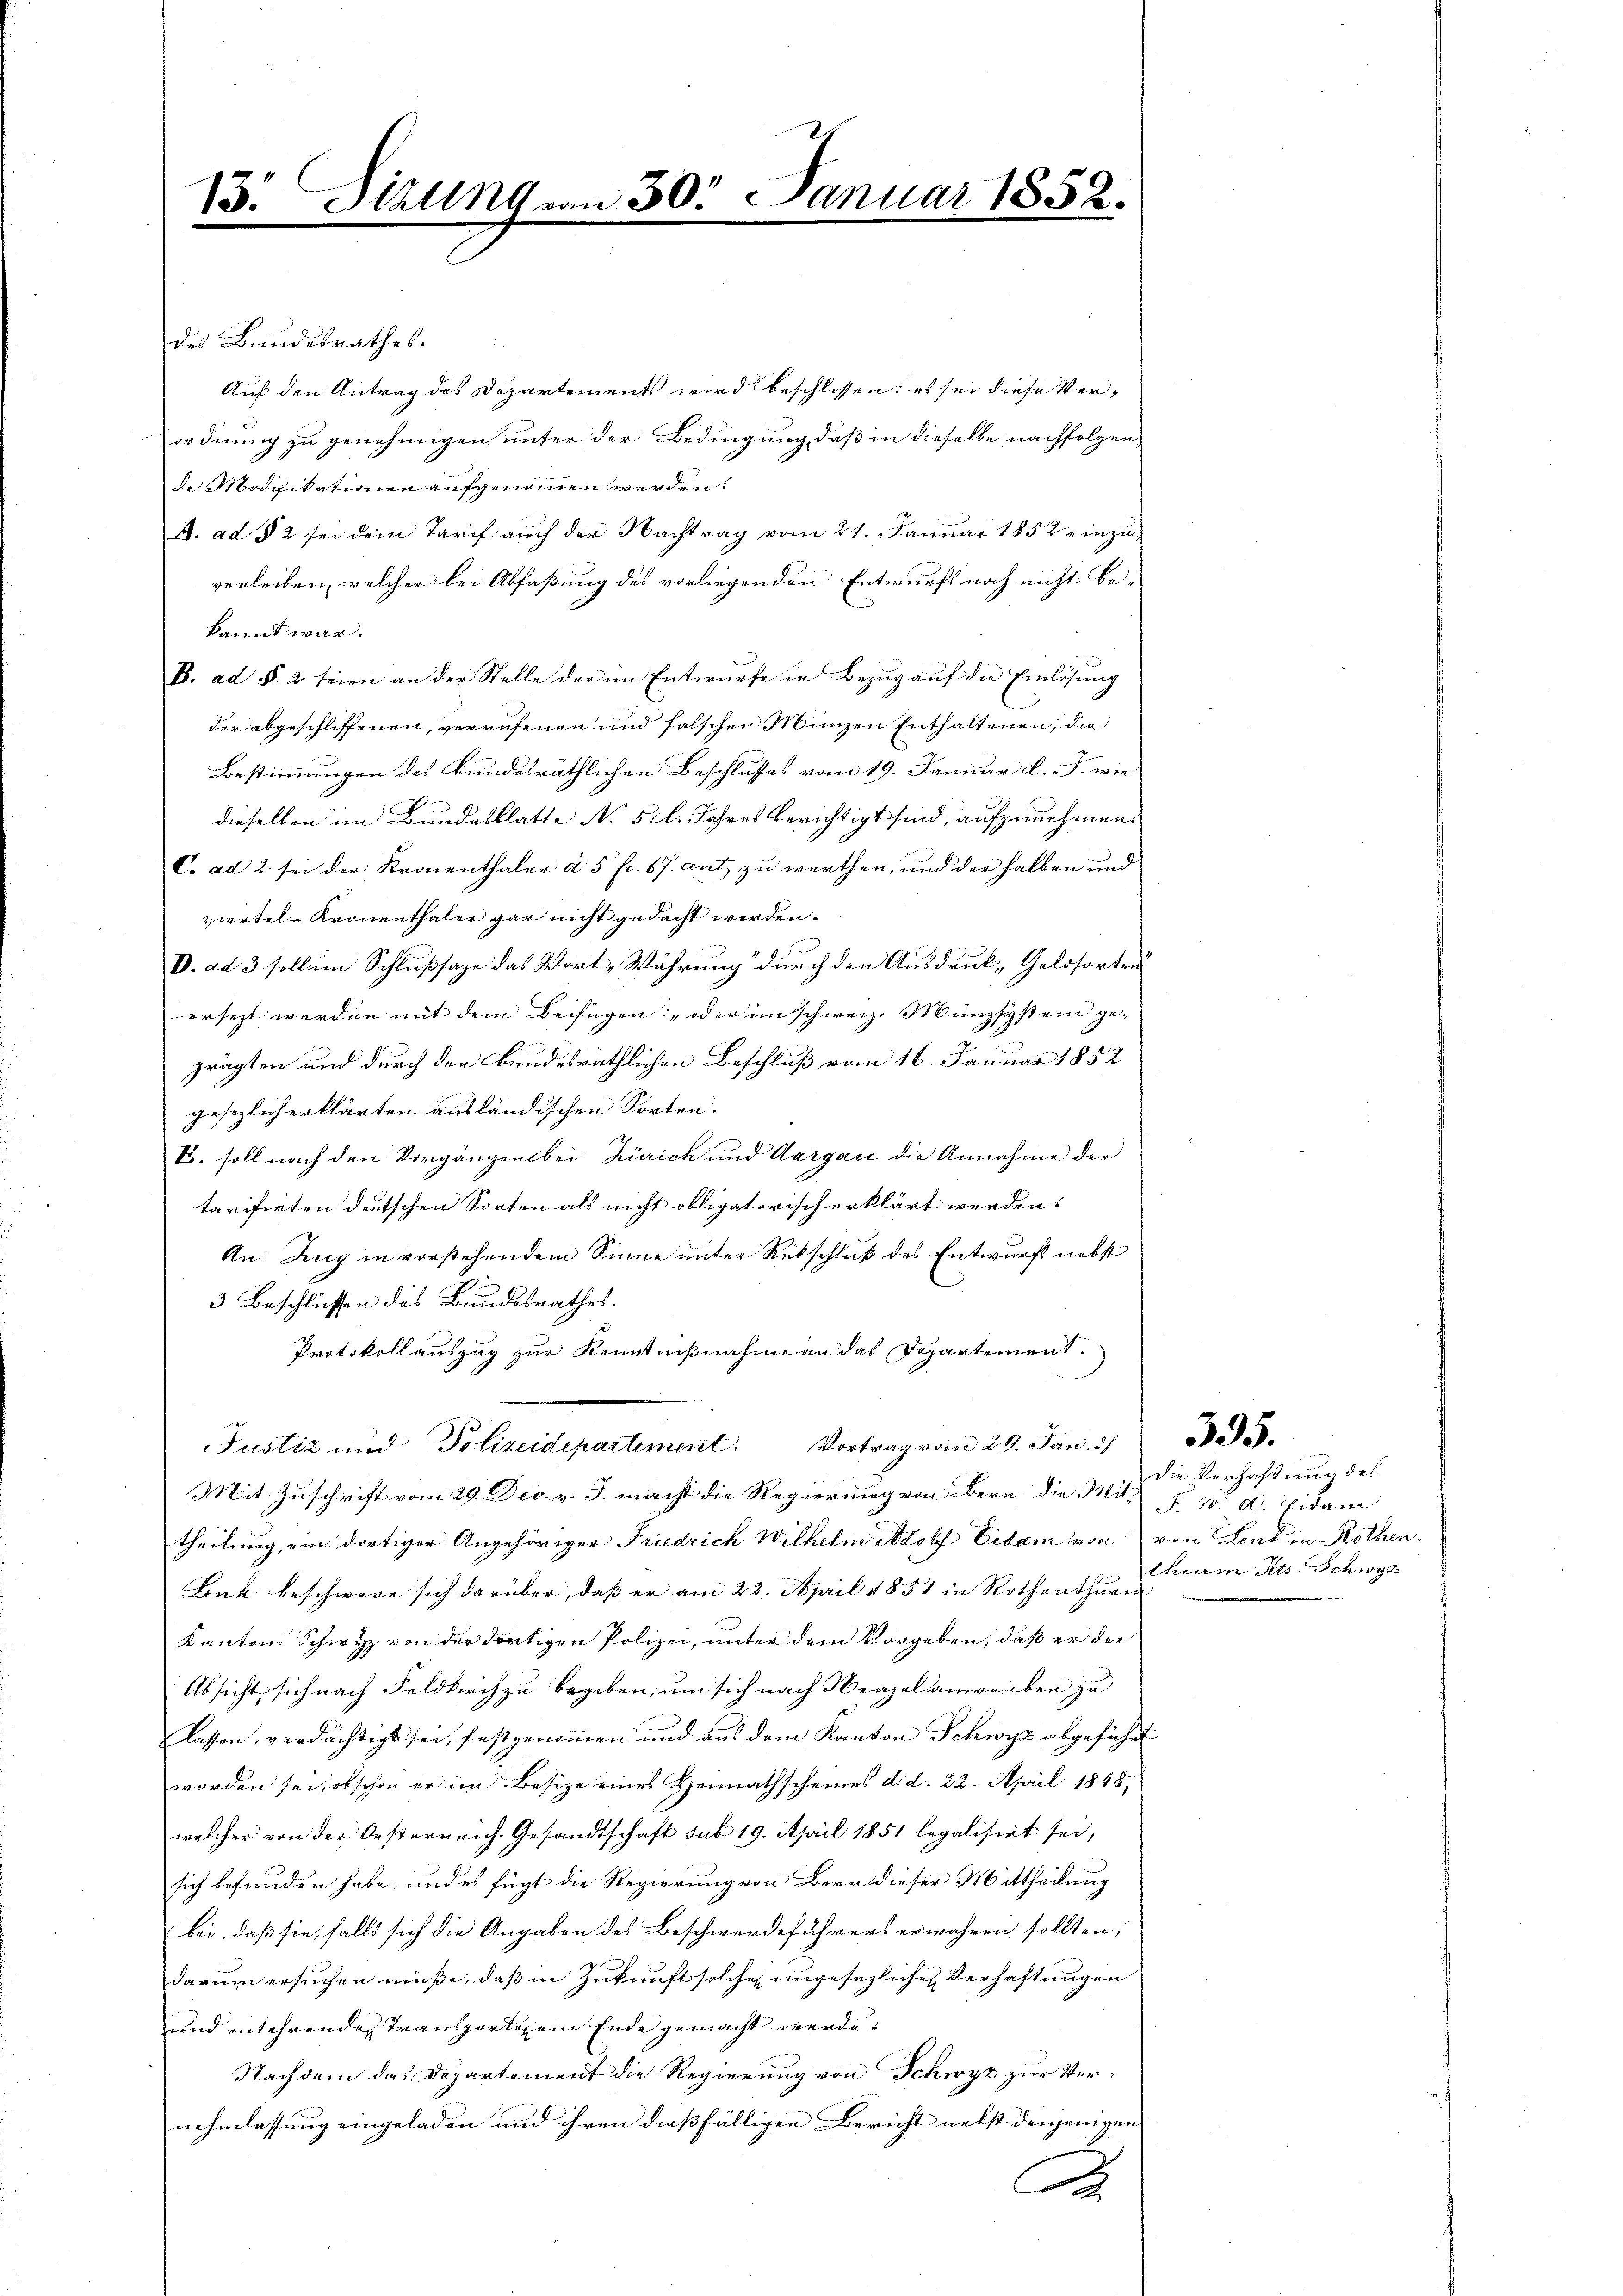
13. Sizung von 30. Januar 1852.

des Bundesrathes.
Auf den Antrag des Departements wird beschlossen: es sei diese Verordnung zu genehmigen unter der Bedingung, daß in dieselbe nachfolgen
de Macikationen aufgenommen werden:
A. ad § 2 sei dem Tarif auch der Nachtrag vom 21. Januar 1857 einzuverleiben, welcher bei Abfaßung des vorliegenden Entwurfs noch nicht bekannt war.
B. ad §. 2 seien an der Stelle der im Entwurfe in Bezug auf die Einlösung
der abgeschliffenen, verrufenen und falschen Minzen Enthaltenen, die
Bestimmungen des bundesräthlichen Beschlusses vom 19. Januar d.J. wie
dieselben im Bundesblatte No 5 l. Jahres berichtigt sind, aufzunehmen.
C. ad 2 sei der Kronenthaler à 5 fr. 67. ents zu werthen, und der halben und
ziertel-Kronenthaler gar nicht gedacht werden.
V. ad 3 sollen Schlußsaze das Wort, Währung durch den Ausdruck, Geldsorten
ersezt werden mit dem Beifügen: „oder im schweiz. Münzsystem ge-
prägten und durch der Bundesräthlichen Beschluß vom 16. Januar 1852
gesezlich erklärten ausländischen Sorten.
S. soll nach den Vorgängen bei Zürich und Aargau die Annahme der
tarifirten deutschen Sorten als nicht obligatorisch erklärt werden.
An. Zug in vorstehendem Sinne unter Rückschluß des Entwurf nebst
3 Beschlüssen des Bundesrathes.
Protokollauszug zur Kenntnißnahme an das Departement.
Justiz und Polizeidepartement. Vortrag vom 29. Jan. 37
Mit Zuschrift vom 29. Dec. v. J. macht die Regierung von Bern die Mittheilung, ein dortiger Angehöriger Friedrich Wilhelm Adolf Eidam von
Ank beschwere sich darüber, daß er am 22. April 1851 in Rothenthurn
Kantons Schwyz von der dortigen Polizei, unter dem Vorgeben, daß er der
Absicht sich nach Feldkirch zu begeben, um sich nach Neapel anwerben zu
lassen, verdächtigt sei, festgenommen und aus dem Kanton Schwyz abgeführt
worden sei, obschon er im Besize eines Heimathscheines d. d. 22. April 1848,
welcher von der Oesterreich. Gesandtschaft sub 19. April 1851 legalisirt sei,
sich befunden habe, und es fügt die Regierung von Bern dieser Mittheilung
bei, daß sie, falls sich die Angaben des Beschwerdeführers erwahren sollten,
darum ersuchen müße, daß in Zukunft solche ungesezliche Verhaftungen
und entehrenden Transportig ein Ende gemacht werde.
Nachdem das Departement die Regierung von Schwyz zur Ver-
nehmlassung eingeladen und ihren dießfälligen Bericht nebst denjenigen
B

die Verhaftung des
 30. 00. Eidam
von Land in Rothen.
thurm Ats. Schwyz

395.